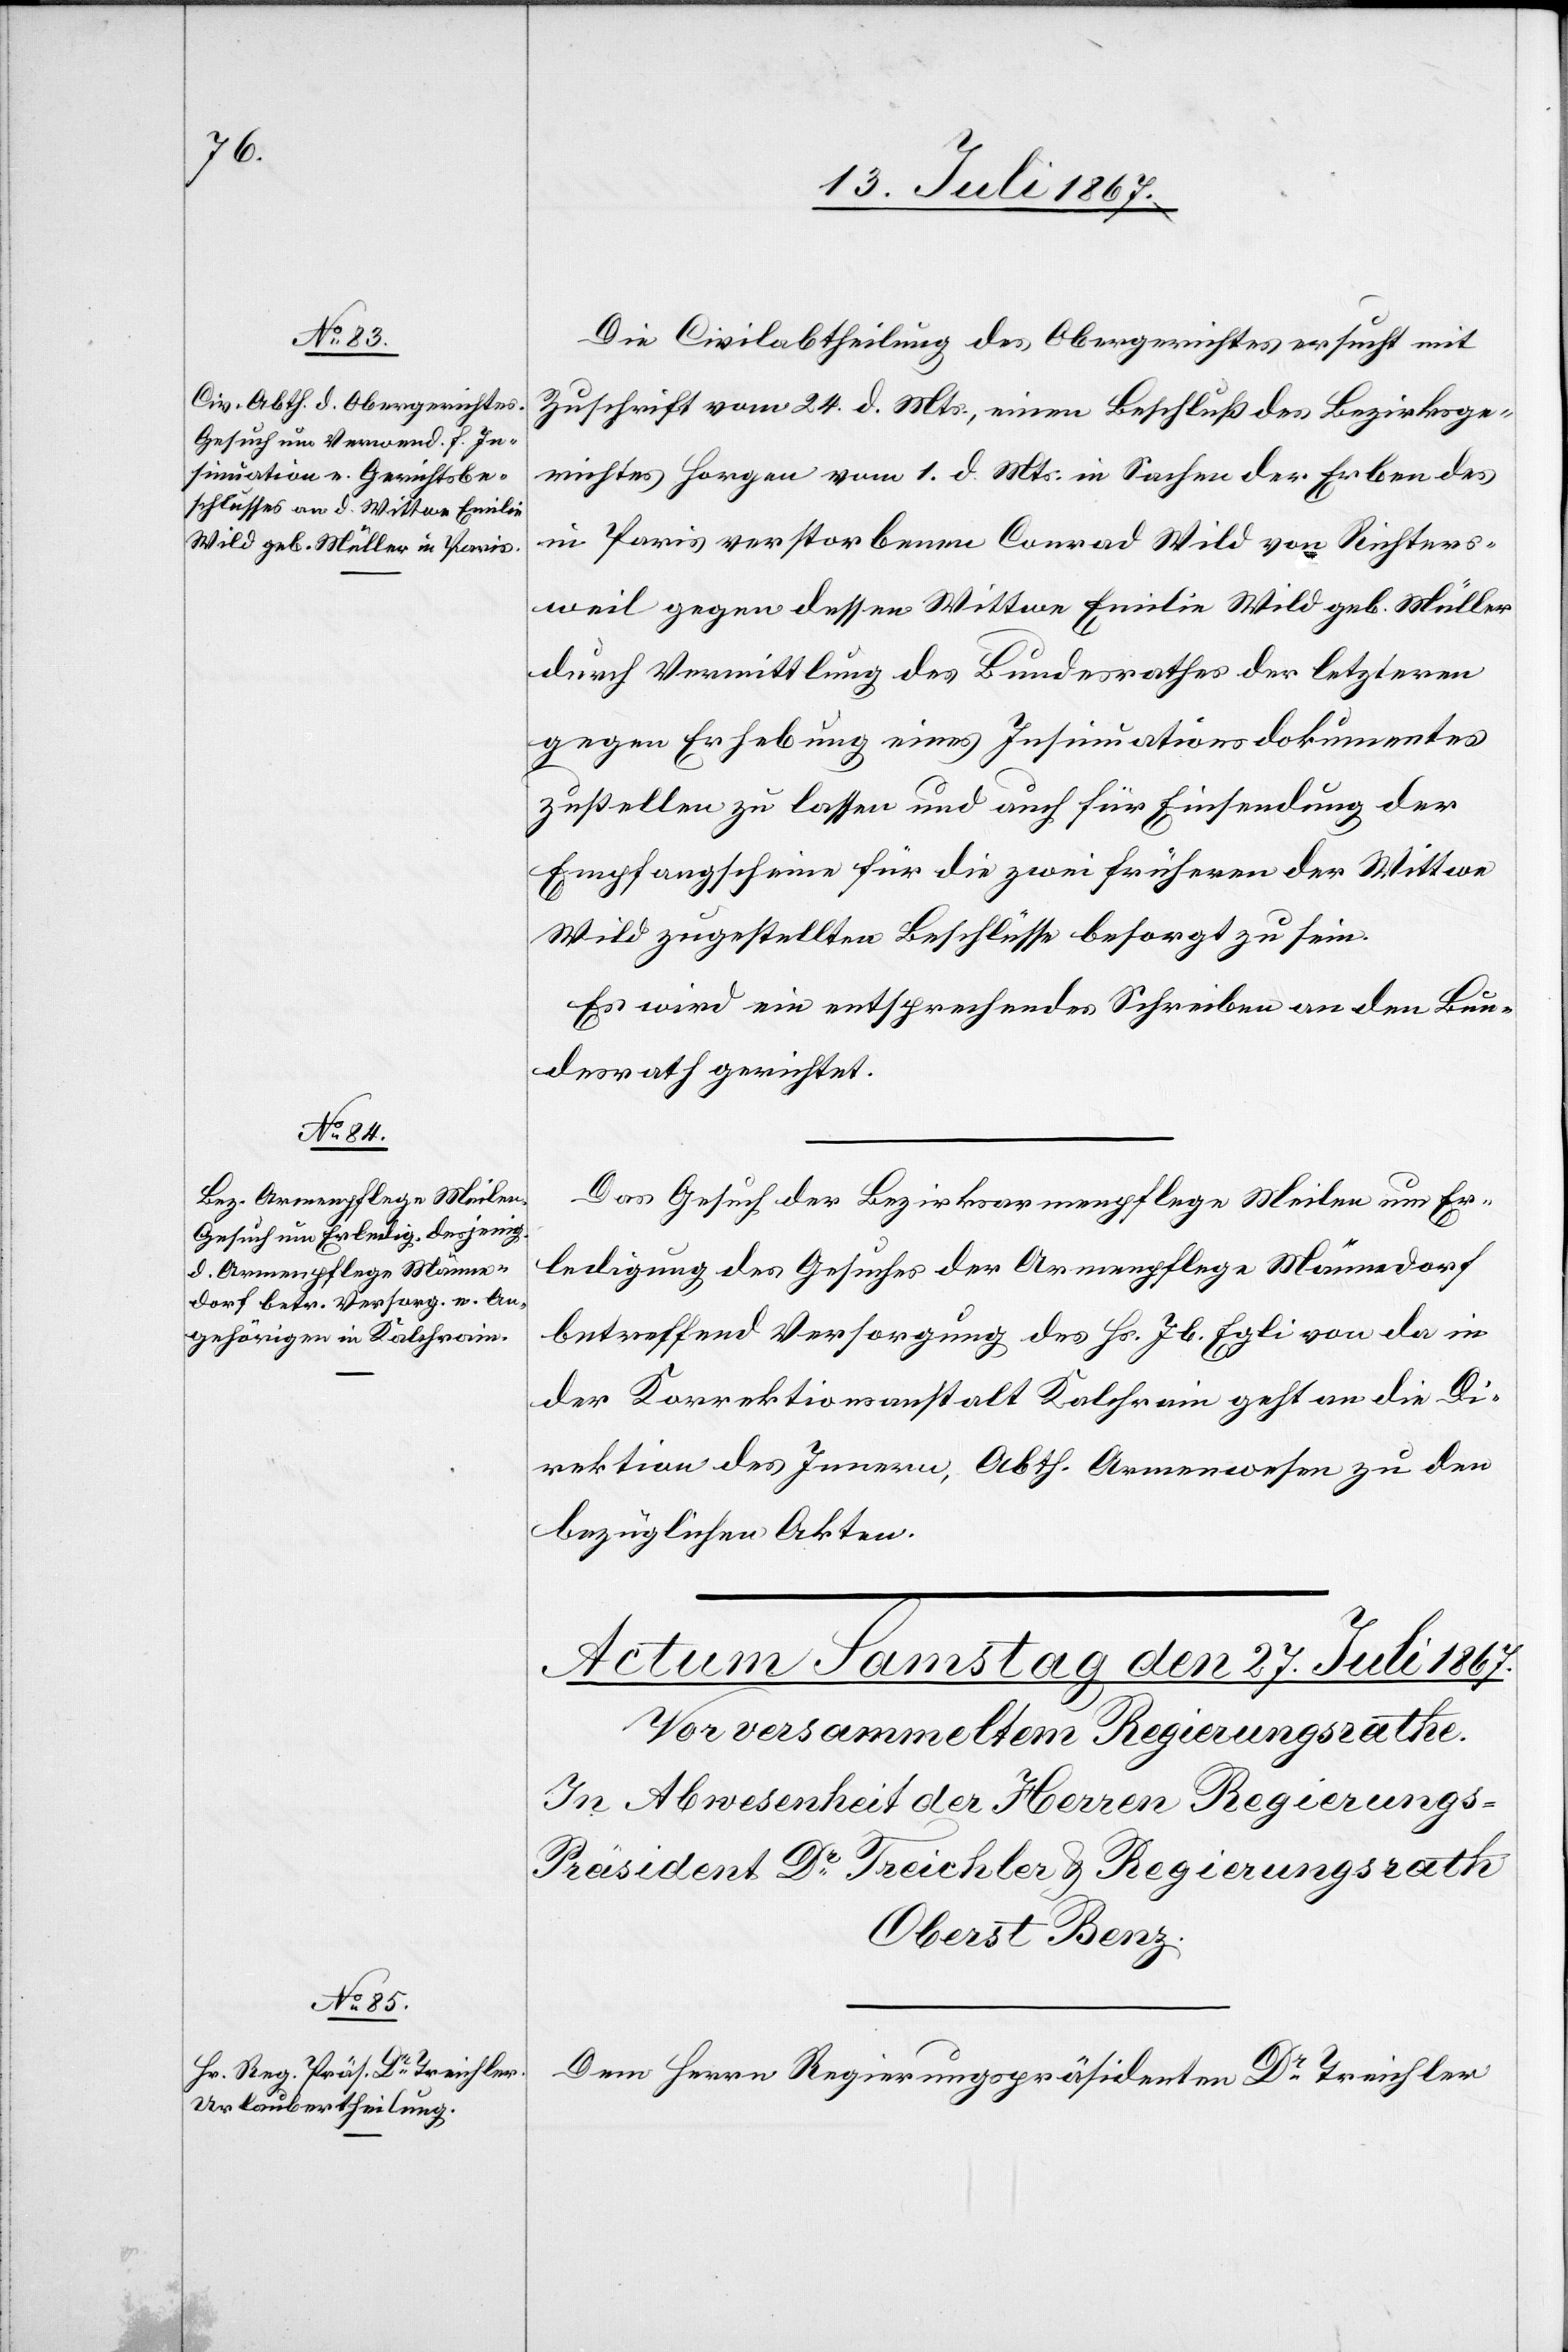
26.

Die Civilabtheilung des Obergerichtes ersucht mit
Zuschrift vom 24. d. Mts., einen Beschluß des Bezirksge¬
richtes Horgen vom 1. d. Mts. in Sachen der Erben des
in Paris verstorbenen Conrad Wild von Richters¬
weil gegen dessen Wittwe Emilie Wild geb. Müller
durch Vermittlung des Bundesrathes der letztern
gegen Erhebung eines Insinuationsdokumentes
zustellen zu lassen und auch für Einsendung der
Empfangscheine für die zwei früheren der Wittwe
Wild zugestellten Beschlüsse besorgt zu sein.
Es wird ein entsprechendes Schreiben an den Bun¬
desrath gerichtet.
Das Gesuch der Bezirksarmenpflege Meilen um Er¬
ledigung des Gesuches der Armenpflege Männedorf
betreffend Versorgung des Hs. Jb. Egli von da in
der Korrektionsanstalt Kalchrain geht an die Di¬
rektion des Innern, Abth. Armenpflege zu den
bezüglichen Akten.
Dem Herrn Regierungspräsidenten Dr. Treichler